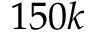
1 5 0 k